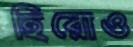
হিরোও